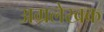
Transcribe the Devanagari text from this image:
अग्रलेखक